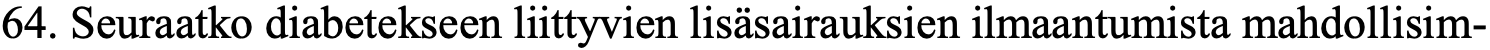
64. Seuraatko diabetekseen liittyvien lisäsairauksien ilmaantumista mahdollisim-